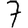
Digit: 7